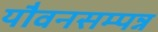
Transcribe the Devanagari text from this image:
यौवनसम्पन्न